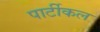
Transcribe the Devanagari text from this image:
पार्टीकल